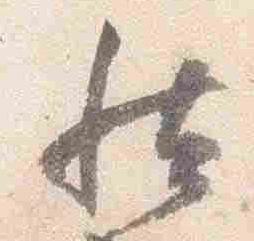
然